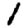
Digit: 1